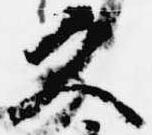
久